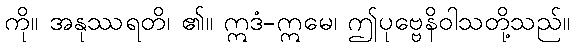
ကို။ အနုဿရတိ၊ ၏။ ဣဒံ-ဣမေ၊ ဤပုဗ္ဗေနိဝါသတို့သည်။